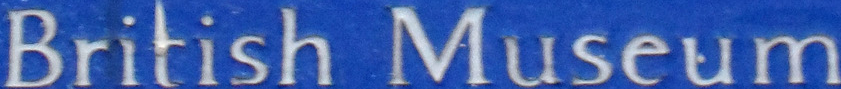
British Museum